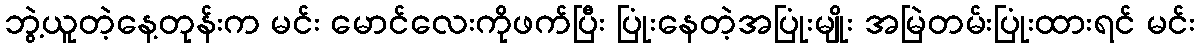
ဘွဲ့ယူတဲ့နေ့တုန်းက မင်း မောင်လေးကိုဖက်ပြီး ပြုံးနေတဲ့အပြုံးမျိုး အမြဲတမ်းပြုံးထားရင် မင်း